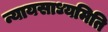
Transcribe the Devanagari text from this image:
न्यायसाध्यमिति